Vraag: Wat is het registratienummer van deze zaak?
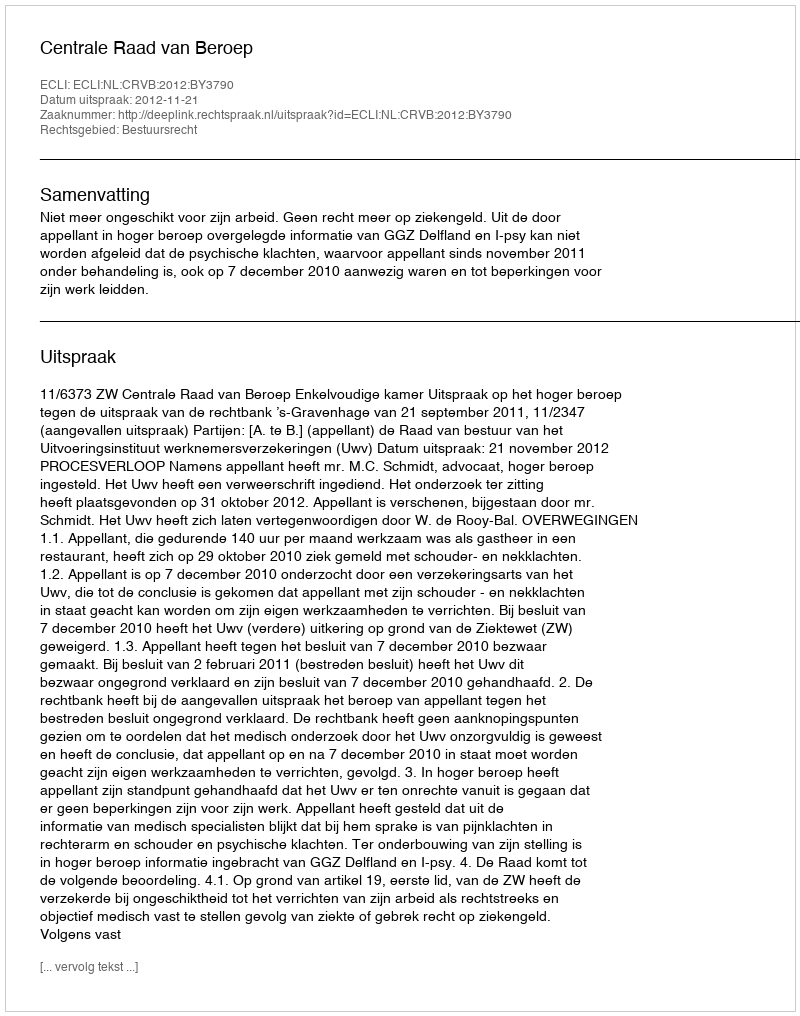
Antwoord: http://deeplink.rechtspraak.nl/uitspraak?id=ECLI:NL:CRVB:2012:BY3790